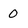
Character: 0